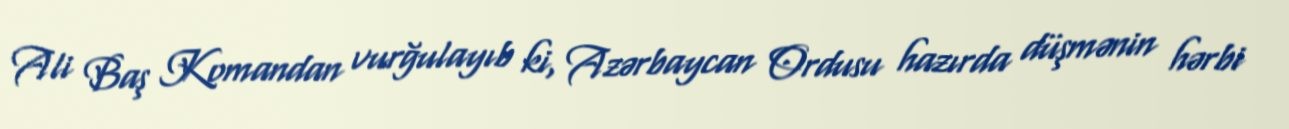
Ali Baş Komandan vurğulayıb ki, Azərbaycan Ordusu hazırda düşmənin hərbi